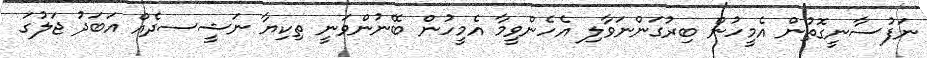
ނަފުސާނީގޮތުން އެމީހުން ބިރުގަންނަވާލި އެހެންވީމާ އެމީހުން ބޭނުންވަނީ ތިކިޔާ ނަޝީސދެއް އަބަދު ޖަލުގަ